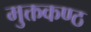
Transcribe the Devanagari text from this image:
मुक्तकण्ठ